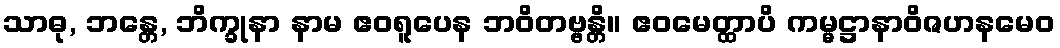
သာဓု, ဘန္တေ, ဘိက္ခုနာ နာမ ဧဝရူပေန ဘဝိတဗ္ဗန္တိ။ ဧဝမေတ္ထာပိ ကမ္မဋ္ဌာနာဝိဇဟနမေဝ